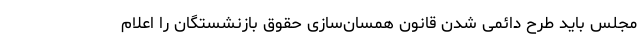
مجلس باید طرح دائمی شدن قانون همسان‌سازی حقوق بازنشستگان را اعلام